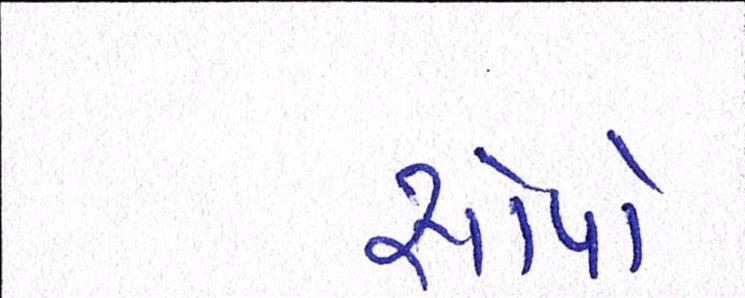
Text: સોપો